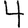
Digit: 4